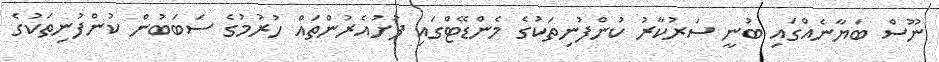
ނޫސް ބަޔާނެއްގައި ބުނީ ސަރުކާރު ކުންފުނިތަކުގެ މެންޑޭޓްގައި ފުށުއެރުންތައް ހުރުމުގެ ސަބަބުން ކުންފުނިތަކުގެ